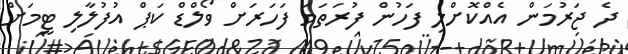
ދެ ޖަރުމަން އެއްކޮށްލި ފަހުން ފުރަތަމަ ފަހަރަށް ވޯލްޑް ކަޕް އުފުލާލި ޓީމަށް